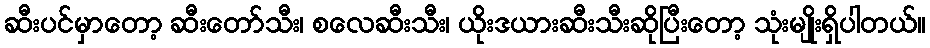
ဆီးပင်မှာတော့ ဆီးတော်သီး၊ စလေဆီးသီး၊ ယိုးဒယားဆီးသီးဆိုပြီးတော့ သုံးမျိုးရှိပါတယ်။